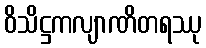
ဝိသိဋ္ဌကလျာဏိတရဿု